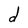
Character: d